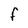
Character: F